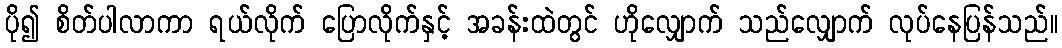
ပို၍ စိတ်ပါလာကာ ရယ်လိုက် ပြောလိုက်နှင့် အခန်းထဲတွင် ဟိုလျှောက် သည်လျှောက် လုပ်နေပြန်သည်။